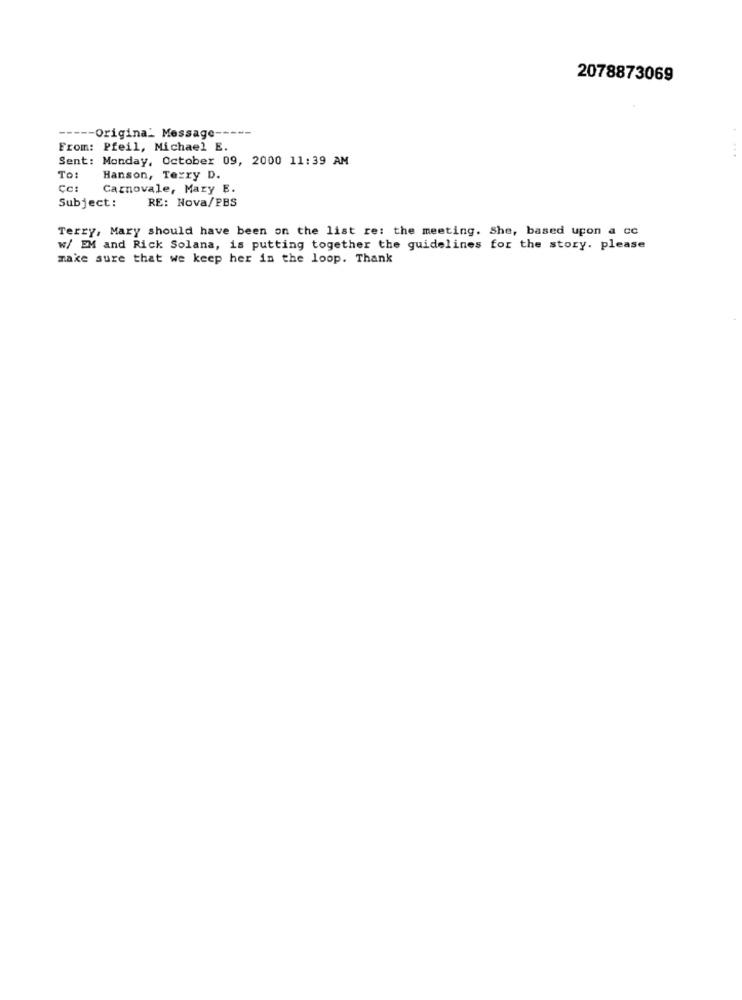
2078873069
---- Original Message -----
From: Pfeil, Michael E.
Sent: Monday, October 09, 2000 11:39 AM
To:
Hanson, Terry D.
Cc:
Carnovale, Mary E.
Subject:
RE: Nova/PBS
Terry, Mary should have been on the list re: the meeting. She, based upon a co
w/ EM and Rick Solana, is putting together the guidelines for the story. please
make sure that we keep her in the loop. Thank